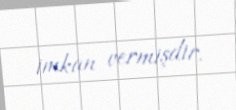
imkan vermişdir.